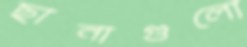
ছানাগুলো